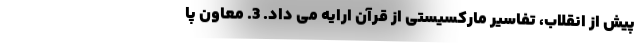
پیش از انقلاب، تفاسیر مارکسیستی از قرآن ارایه می داد. 3. معاون پا